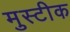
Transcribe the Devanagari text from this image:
मुस्टीक